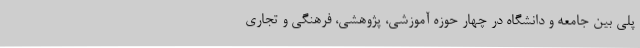
پلی بین جامعه و دانشگاه در چهار حوزه آموزشی، پژوهشی، فرهنگی و تجاری